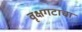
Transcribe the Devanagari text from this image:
वृक्षगटाचा